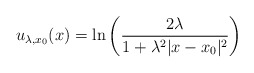
\begin{align*}u_{\lambda,x_0}(x)=\ln \left(\frac{2\lambda}{1+\lambda^2|x-x_0|^2}\right)\end{align*}